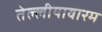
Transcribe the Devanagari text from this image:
तेल्लीयावारम